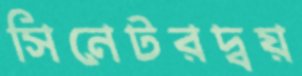
সিনেটরদ্বয়